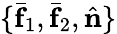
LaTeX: \{ \bar{\mathbf f}_{1},\bar{\mathbf f}_{2},\hat{\mathbf n}\}